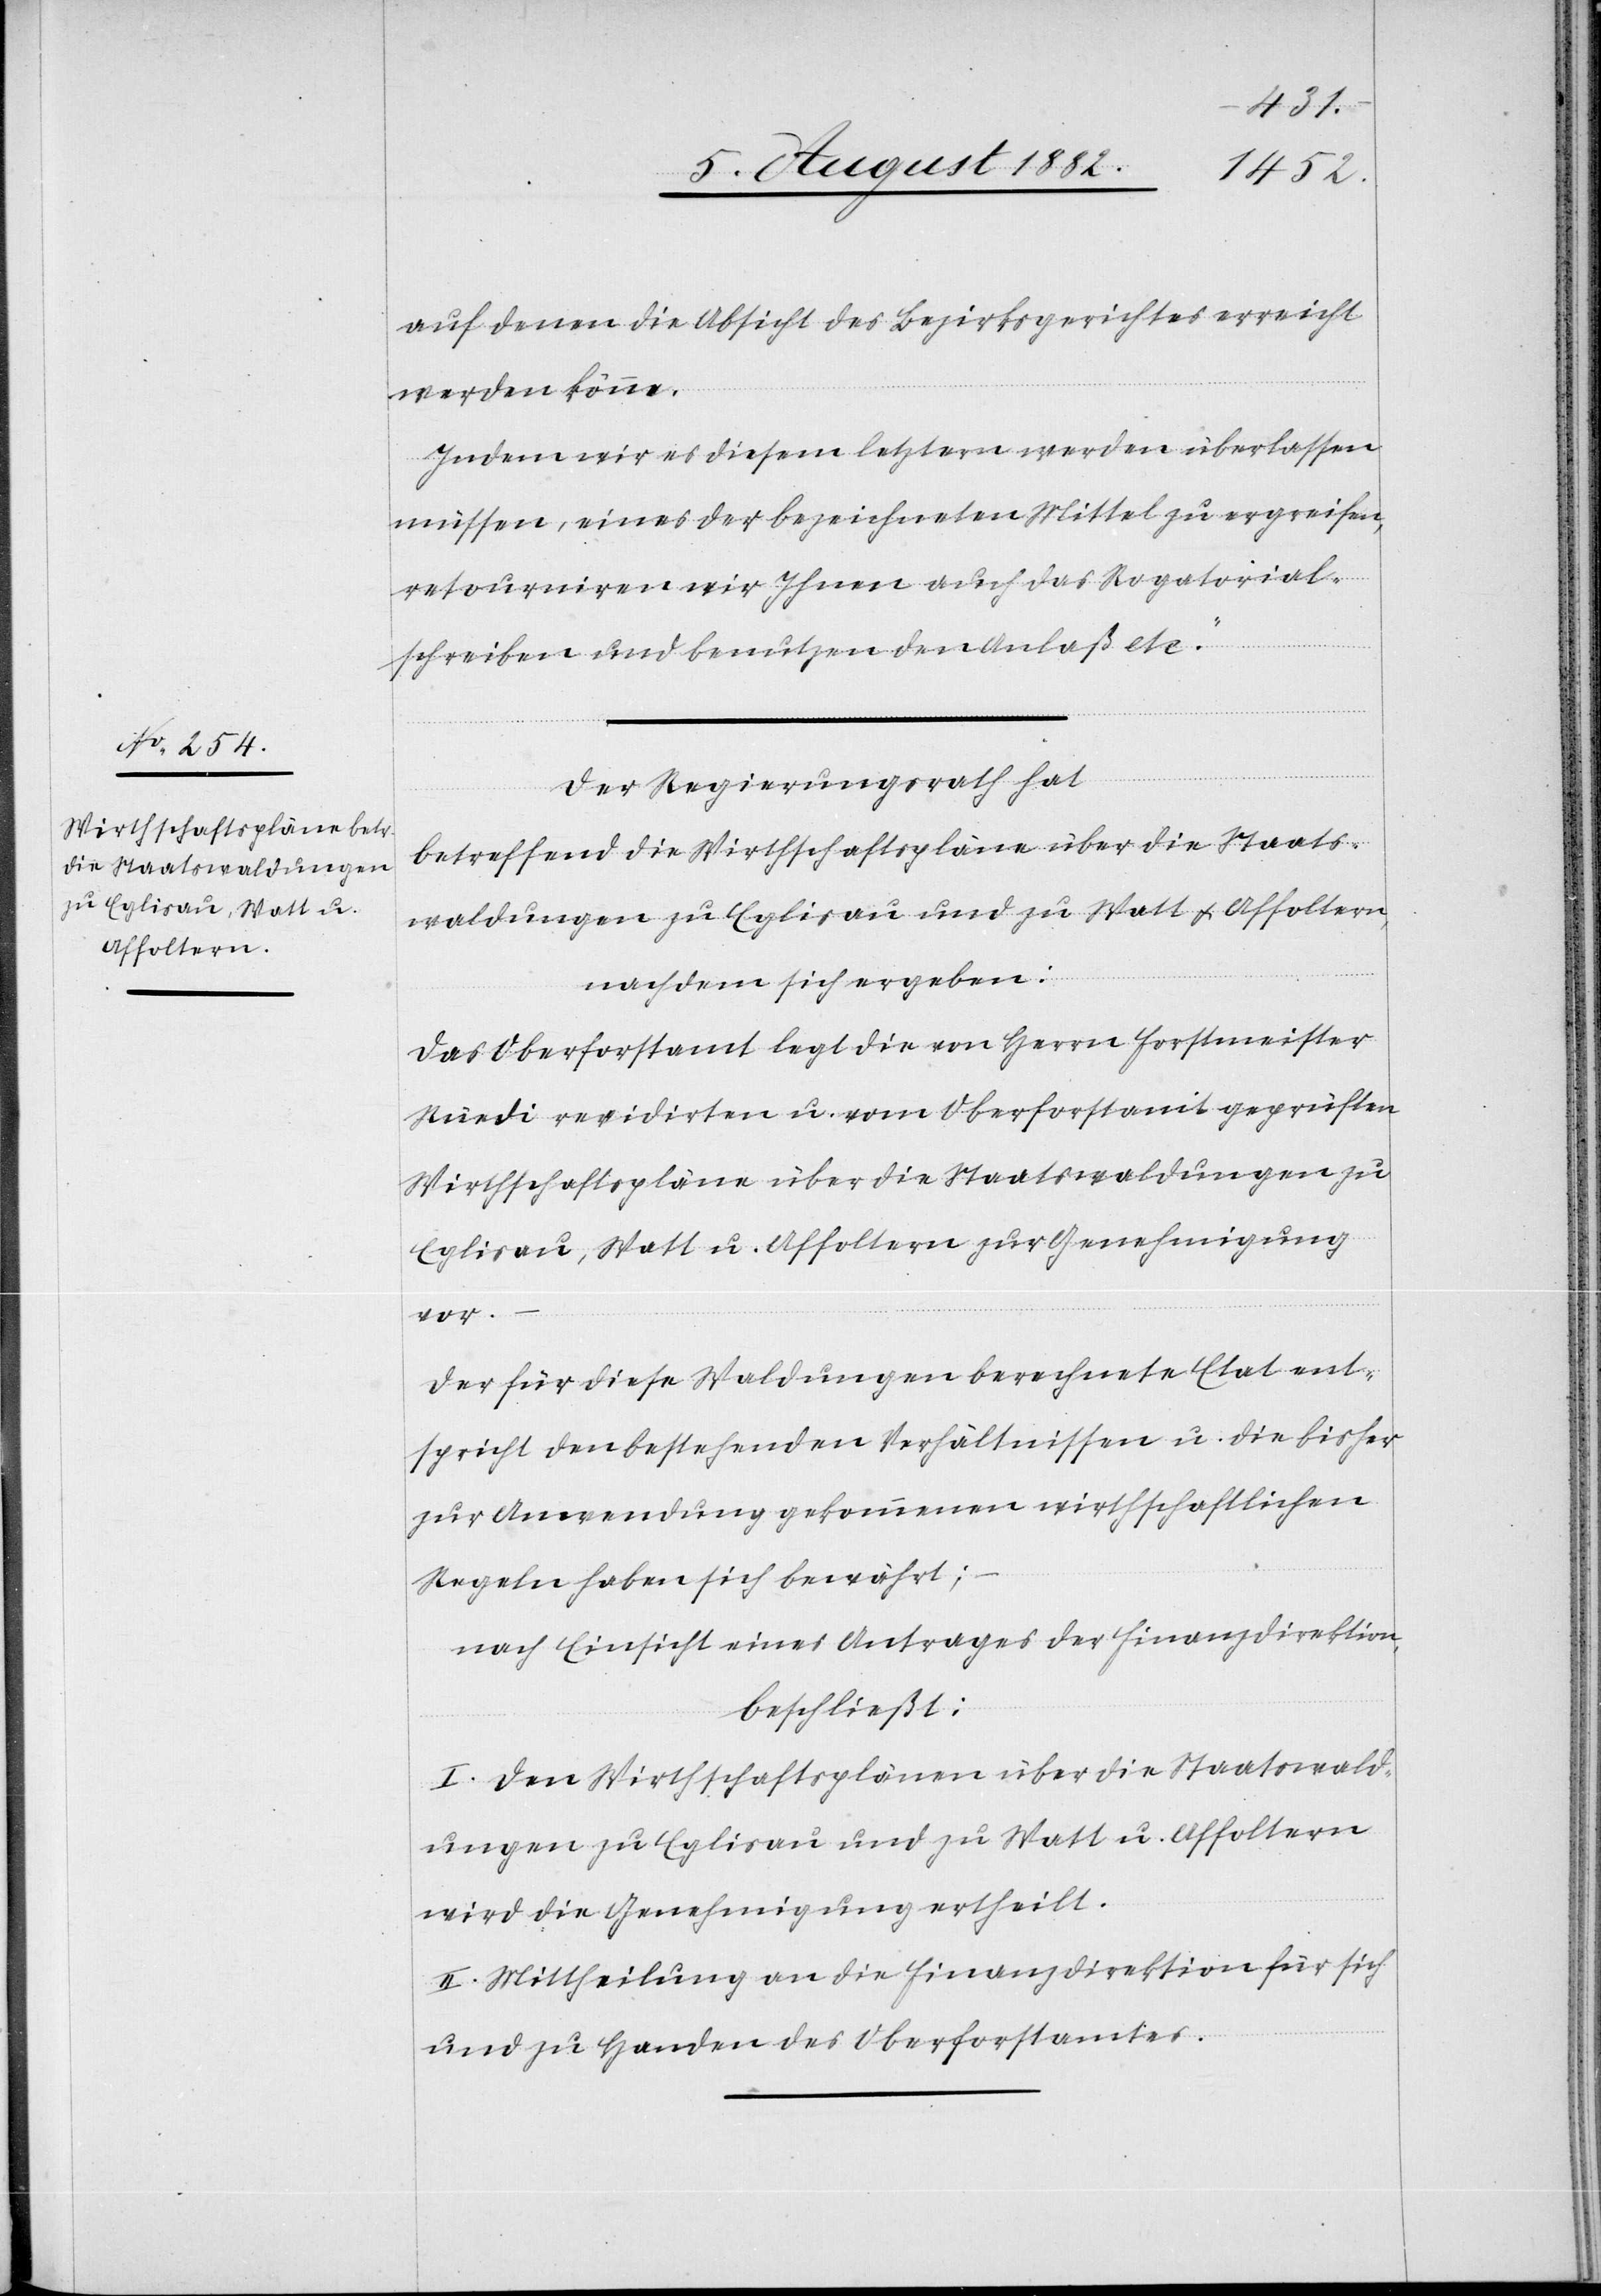
auf denen die Absicht des Bezirksgerichtes erreicht
werden könne.
Indem wir es diesem letztern werden überlassen
müssen, eines der bezeichneten Mittel zu ergreifen,
retourniren wir Ihnen auch das Rogatorial¬
schreiben und benutzen den Anlaß etc.“
Der Regierungsrath hat,
betreffend die Wirthschaftspläne über die Staats¬
waldungen zu Eglisau und zu Watt & Affoltern,
nachdem sich ergeben:
Das Oberforstamt legt die von Herrn Forstmeister
Rüedi revidirten u. vom Oberforstamt geprüften
Wirthschaftspläne über die Staatswaldungen zu
Eglisau, Watt u. Affoltern zur Genehmigung
vor. –
Der für diese Waldungen berechnete Etat ent¬
spricht den bestehenden Verhältnissen u. die bisher
zur Anwendung gekommenen wirthschaftlichen
Regeln haben sich bewährt;
nach Einsicht eines Antrages der Finanzdirektion,
beschließt:
I. Den Wirthschaftsplänen über die Staatswald¬
ungen zu Eglisau und zu Watt u. Affoltern
wird die Genehmigung ertheilt.
II. Mittheilung an die Finanzdirektion für sich
und zu Handen des Oberforstamtes.